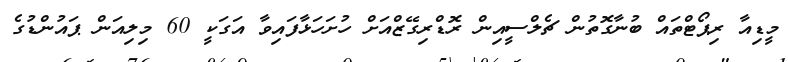
މީޑިއާ ރިޕޯޓްތައް ބުނާގޮތުން ޗެލްސީއިން ރޮޑްރިގޭޒްއަށް ހުށަހަޅާފައިވާ އަގަކީ 60 މިލިއަން ޕައުންޑުގެ